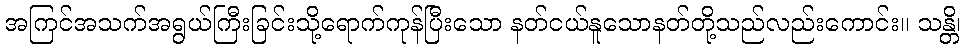
အကြင်အသက်အရွယ်ကြီးခြင်းသို့ရောက်ကုန်ပြီးသော နတ်ငယ်နူသောနတ်တို့သည်လည်းကောင်း။ သန္တိ၊